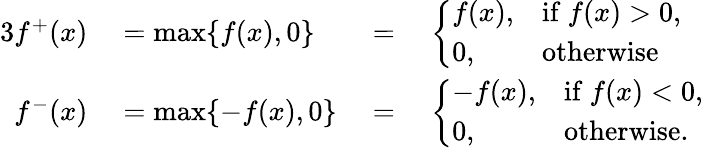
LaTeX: \begin{array}{rlrl}{{3}f^{+}(x)}&{{}=\operatorname*{max}\{ f(x),0\} }&{{}={}}&{{}{\left\{ \begin{array}{ll}{f(x),}&{{\mathrm{if~}}f(x)>0,}\\ {0,}&{{\mathrm{otherwise}}}\end{array}\right.}}\\ {f^{-}(x)}&{{}=\operatorname*{max}\{ -f(x),0\} }&{{}={}}&{{}{\left\{ \begin{array}{ll}{-f(x),}&{{\mathrm{if~}}f(x)<0,}\\ {0,}&{{\mathrm{otherwise.}}}\end{array}\right.}}\end{array}